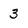
Character: 3